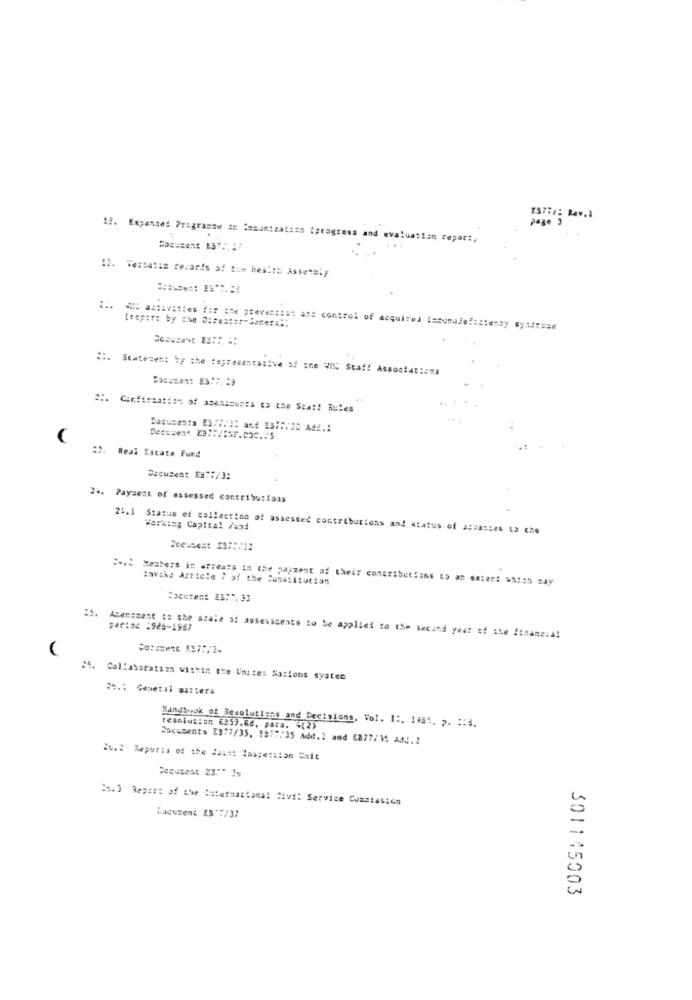
page 3
18. Expanded Pragramme an Comunicatiza (progress and evaluation report,
12. Versatis cezar's of the health Assembly
:.. ... ities for == e pee =: ist ans control of acquired temunale !: stensy my ===== e
2 :. Statement by che representative of one WIN Staff Associationa
Confirmation of amendments to the Star! Rules
Deessent E3 :: /ESP.DOC.75
:2. Real Estate Fund
Decužen: 58:7/3:
24. Payment of assessed contribu:foas
24.1 Status of collection of assessed contributions and status of A=Vasses to che
Working Capital Fund
Doessent #3 :: /22
:-. 2 Members in arrears in the payment of their contributions (o an extent which may
invake Article 7 af the Constitution
Feriad :926-1987
Amendment to the scale af assessments to be applied to the second year of the financial
24. Collaboration within the Unite: Nations systec
25.1 General matters
Handbook of Resolutiens and Decisions, Vol. I :. 1981. p. :: 4.
resolution E359.Rd. para. 4(2)
Documents [3:7/35. 1877,35 Add.1 and 6877/15 AMJ.2
25. 3 Repars of the International Sivi: Service Commission
Lagusent ES"#/37
301145003